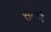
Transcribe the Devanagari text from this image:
संद्रर्भ